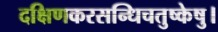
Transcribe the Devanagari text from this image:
दक्षिणकरसन्धिचतुष्केषु।